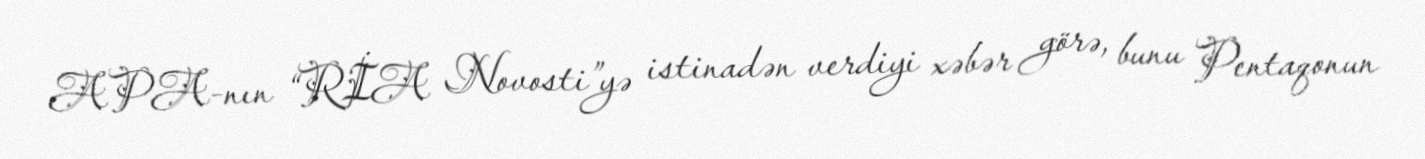
APA-nın “RİA Novosti”yə istinadən verdiyi xəbər görə, bunu Pentaqonun